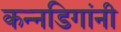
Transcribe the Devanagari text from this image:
कन्नडिगांनी